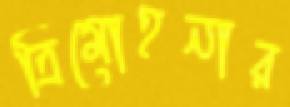
ত্রিমোহনার